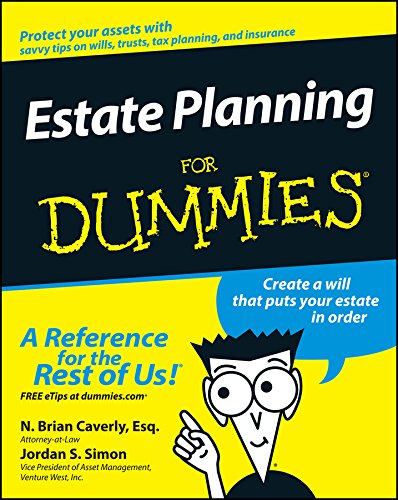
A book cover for Estate Planning For Dummies; N. Brian Caverly; Law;